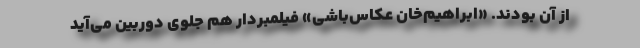
از آن بودند. «ابراهیم‌خان عکاس‌باشی» فیلمبردار هم جلوی دوربین می‌آید